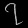
Digit: ၇